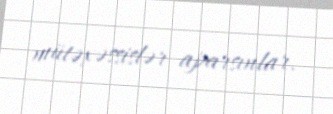
mütəxəssislər aparsınlar.